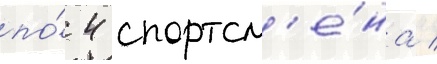
по́ 4 спортсм'е́на /